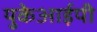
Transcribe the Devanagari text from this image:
युकेआईपी